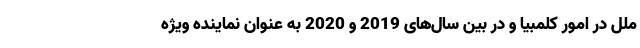
ملل در امور کلمبیا و در بین سال‌های 2019 و 2020 به عنوان نماینده ویژه